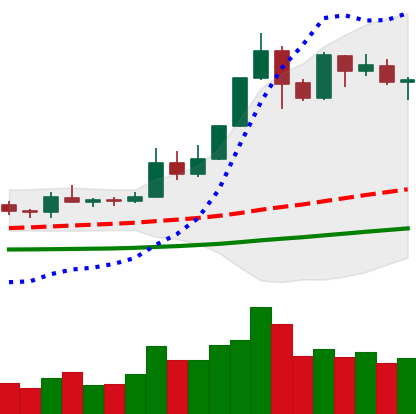
Ticker: ETH-USD
Chart end date: 2019-05-23
Forward return: 10.491%
Label: up_7plus